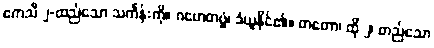
ဧကသီ ၂-ထည်သော သင်္ကန်းကို။ ဂဟေတဗ္ဗံ၊ ခံယူနိုင်၏။ တတော၊ ထို ၂၊ တည်သော